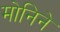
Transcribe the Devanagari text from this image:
मोनिने